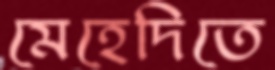
মেহেদিতে